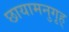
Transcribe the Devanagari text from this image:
छायामनुगृह्